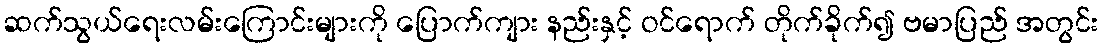
ဆက်သွယ်ရေးလမ်းကြောင်းများကို ပြောက်ကျား နည်းနှင့် ဝင်ရောက် တိုက်ခိုက်၍ ဗမာပြည် အတွင်း